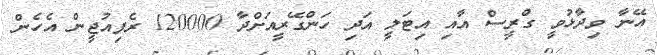
އޭނާ ވިދާޅުވީ ގްރީސް އާއި އިޓަލީ އަދި ހަންގޭރީއަށްދާ 120000 ރެފިއުޖީން އެހެން